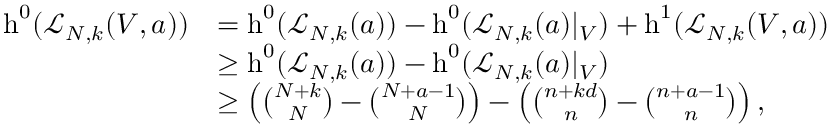
\begin{array} { r l } { \operatorname { h } ^ { 0 } ( \mathcal { L } _ { N , k } ( V , a ) ) } & { = \operatorname { h } ^ { 0 } ( \mathcal { L } _ { N , k } ( a ) ) - \operatorname { h } ^ { 0 } ( \mathcal { L } _ { N , k } ( a ) | _ { V } ) + \operatorname { h } ^ { 1 } ( \mathcal { L } _ { N , k } ( V , a ) ) } \\ & { \ge \operatorname { h } ^ { 0 } ( \mathcal { L } _ { N , k } ( a ) ) - \operatorname { h } ^ { 0 } ( \mathcal { L } _ { N , k } ( a ) | _ { V } ) } \\ & { \ge \left( { \binom { N + k } { N } } - { \binom { N + a - 1 } { N } } \right) - \left( { \binom { n + k d } { n } } - { \binom { n + a - 1 } { n } } \right) , } \end{array}